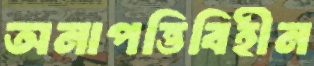
অনাপত্তিবিহীন